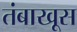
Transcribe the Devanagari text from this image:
तंबाखूस